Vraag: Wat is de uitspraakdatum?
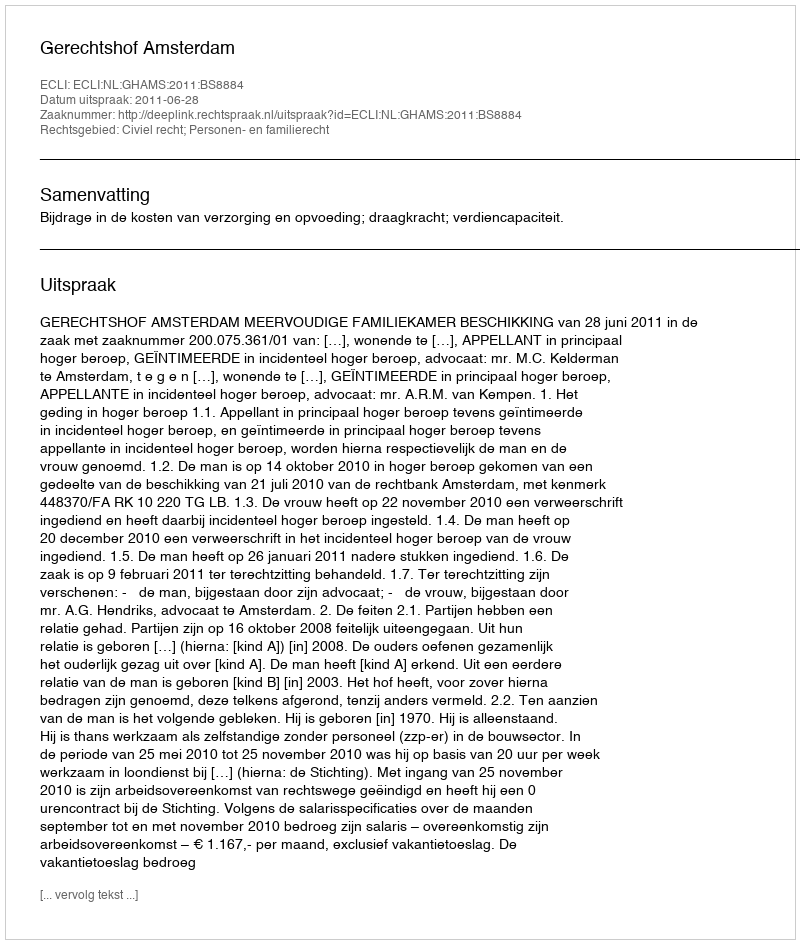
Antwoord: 2011-06-28